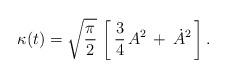
LaTeX: \begin{align*}\kappa(t) = \sqrt{{\pi \over 2}}\, \left [ \, {3\over 4} \, A^2 \, + \, \dot{A}^2 \, \right ].\end{align*}